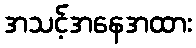
အသင့်အနေအထား